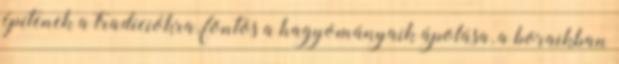
építenek a tradíciókra, fontos a hagyományaik ápolása, a boraikban